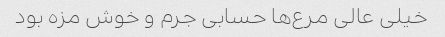
خیلی عالی مرع‌ها حسابی جرم و خوش مزه بود